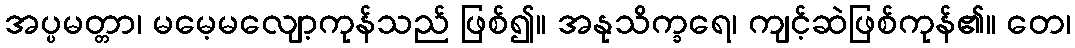
အပ္ပမတ္တာ၊ မမေ့မလျော့ကုန်သည် ဖြစ်၍။ အနုသိက္ခရေ၊ ကျင့်ဆဲဖြစ်ကုန်၏။ တေ၊